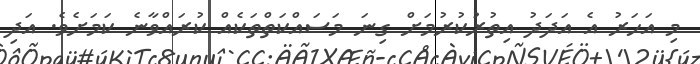
މި އަހަރު އެ އަދަދު އިތުރުކުރުމަށް ގިނަ މަސައްކަތްތަކެއް ކުރައްވާނެ ކަމަށެވެ. އަދި